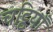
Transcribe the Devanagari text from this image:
चट्ठियाँ